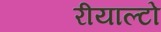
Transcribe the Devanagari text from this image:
रीयाल्टो